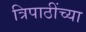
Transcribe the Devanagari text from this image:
त्रिपाठींच्या